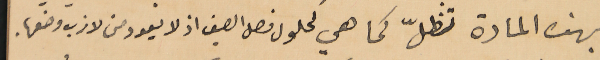
بهذه المادة تظلّ كما هي كحلول فصل الصيف اذ لا يعود من لازب وضعها.